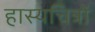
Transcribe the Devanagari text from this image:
हास्यचित्रों